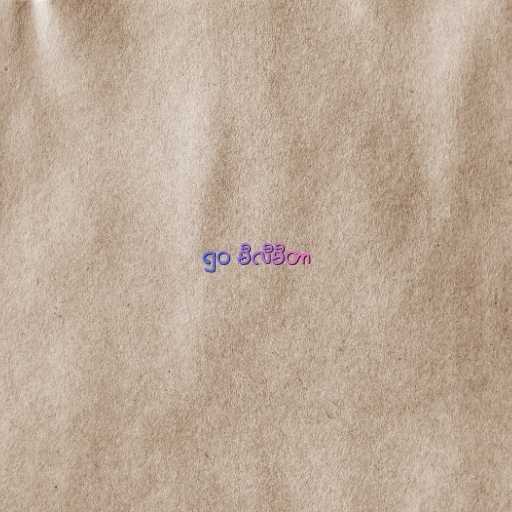
၅၀ မီလီမီတာ